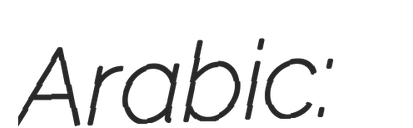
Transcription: Arabic: قليوب